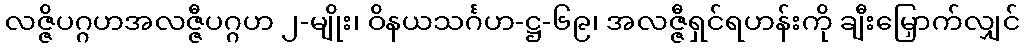
လဇ္ဇိပဂ္ဂဟအလဇ္ဇီပဂ္ဂဟ ၂-မျိုး၊ ဝိနယသင်္ဂဟ-ဋ္ဌ-၆၉၊ အလဇ္ဇီရှင်ရဟန်းကို ချီးမြှောက်လျှင်